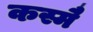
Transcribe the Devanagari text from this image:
कस्मै॑